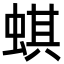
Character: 蜞